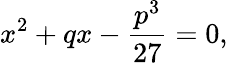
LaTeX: x^{2}+qx-{\frac{p^{3}}{27}}=0,